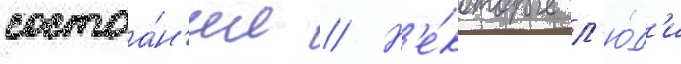
состоа́н'ии // Н'е́которые л'ю́д'и